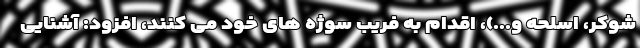
شوکر، اسلحه و...)، اقدام به فریب سوژه های خود می کنند، افزود: آشنایی